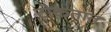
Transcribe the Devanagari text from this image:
टोकतात